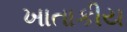
ખાતાકીય